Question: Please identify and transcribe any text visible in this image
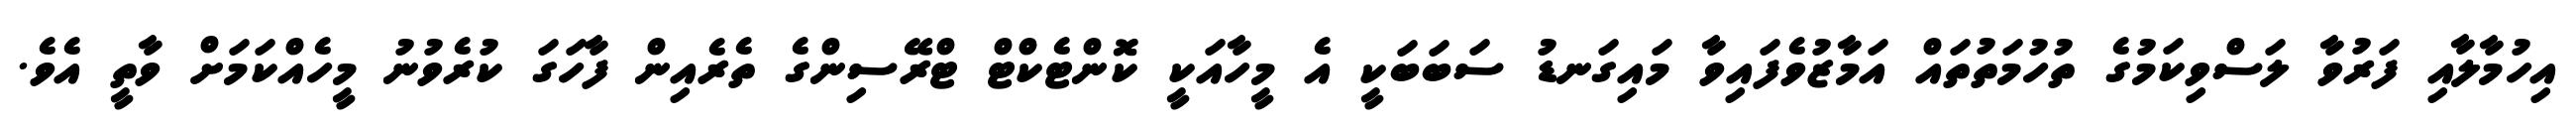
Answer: އިހުމާލާއި ފަރުވާ ލަސްވިކަމުގެ ތުހުމަތުތައް އަމާޒުވެފައިވާ މައިގަނޑު ސަބަބަކީ އެ މީހާއަކީ ކޮންޓެކްޓް ޓްރޭސިންގެ ތެރެއިން ފާހަގަ ކުރެވުނު މީހެއްކަމަށް ވާތީ އެވެ.